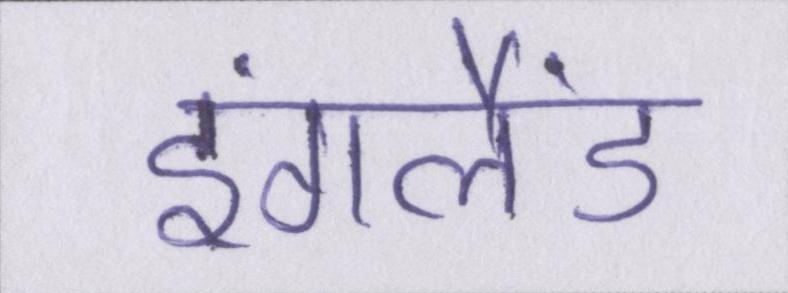
इंगलैंड